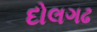
દોલગઢ